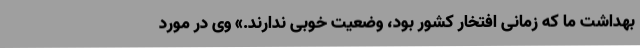
بهداشت ما که زمانی افتخار کشور بود، وضعیت خوبی ندارند.» وی در مورد